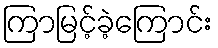
ကြာမြင့်ခဲ့ကြောင်း